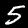
Digit: 5